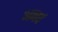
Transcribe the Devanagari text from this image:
अनर्घ